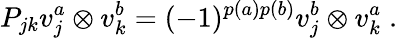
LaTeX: P_{jk}v_{j}^{a}\otimes v_{k}^{b}=(-1)^{p(a)p(b)}v_{j}^{b}\otimes v_{k}^{a}\; .